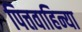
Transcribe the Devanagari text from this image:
पित्तवाहिन्या